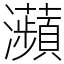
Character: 𤅖